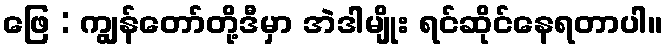
ဖြေ : ကျွန်တော်တို့ဒီမှာ အဲဒါမျိုး ရင်ဆိုင်နေရတာပါ။